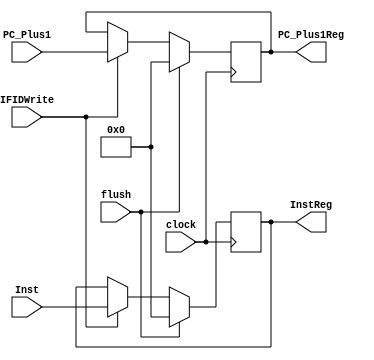
module IFID(flush,clock,IFIDWrite,PC_Plus1,Inst,InstReg,PC_Plus1Reg);
	input [7:0] PC_Plus1,Inst;
	input clock,IFIDWrite,flush;
	output [7:0] InstReg, PC_Plus1Reg;

	reg [7:0] InstReg, PC_Plus1Reg;

	initial begin
		InstReg = 0;
		PC_Plus1Reg = 0;
	end

	always@(posedge clock) 
	begin
		if(flush) 
		begin
			InstReg <= 0;
			PC_Plus1Reg <= 0;
		end

		else if(IFIDWrite) 
		begin
			InstReg <= Inst;
			PC_Plus1Reg <= PC_Plus1;
		end
	end
endmodule